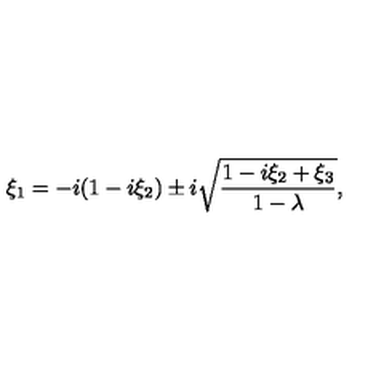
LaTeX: \xi _ { 1 } = - i ( 1 - i \xi _ { 2 } ) \pm i \sqrt { { \frac { 1 - i \xi _ { 2 } + \xi _ { 3 } } { 1 - \lambda } } } ,